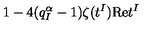
\, 1 - 4 ( q _ { I } ^ { \alpha } - 1 ) \zeta ( t ^ { I } ) \mathrm { R e } t ^ { I } \,